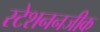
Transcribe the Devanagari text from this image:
स्टेशननजीक